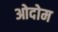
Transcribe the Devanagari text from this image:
ओदोम